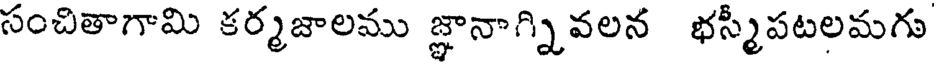
సంచితాగామి కర్మజాలము జ్ఞానాగ్నివలన భస్మీపటలమగు